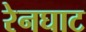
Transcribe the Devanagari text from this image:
रेनघाट